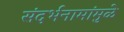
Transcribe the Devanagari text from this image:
संदर्भनामांमुळे